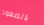
بالصعود